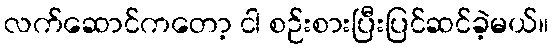
လက်ဆောင်ကတော့ ငါ စဉ်းစားပြီးပြင်ဆင်ခဲ့မယ်။